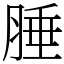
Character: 腄